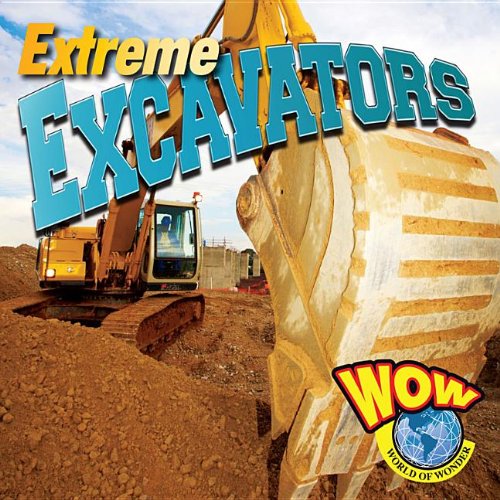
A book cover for Excavators (Wow: Big Machines); Blaine Wiseman; Children's Books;